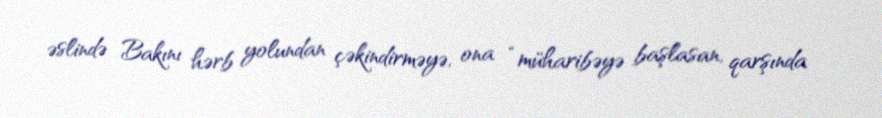
əslində Bakını hərb yolundan çəkindirməyə, ona “müharibəyə başlasan, qarşında